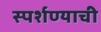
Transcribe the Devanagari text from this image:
स्पर्शण्याची